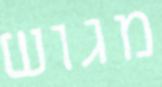
מגוש